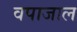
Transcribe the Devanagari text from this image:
वपाजाल